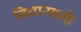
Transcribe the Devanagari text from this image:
विधानवादी